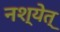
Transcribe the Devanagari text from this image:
नश्येत्